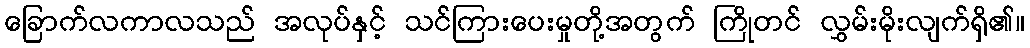
ခြောက်လကာလသည် အလုပ်နှင့် သင်ကြားပေးမှုတို့အတွက် ကြိုတင် လွှမ်းမိုးလျက်ရှိ၏။